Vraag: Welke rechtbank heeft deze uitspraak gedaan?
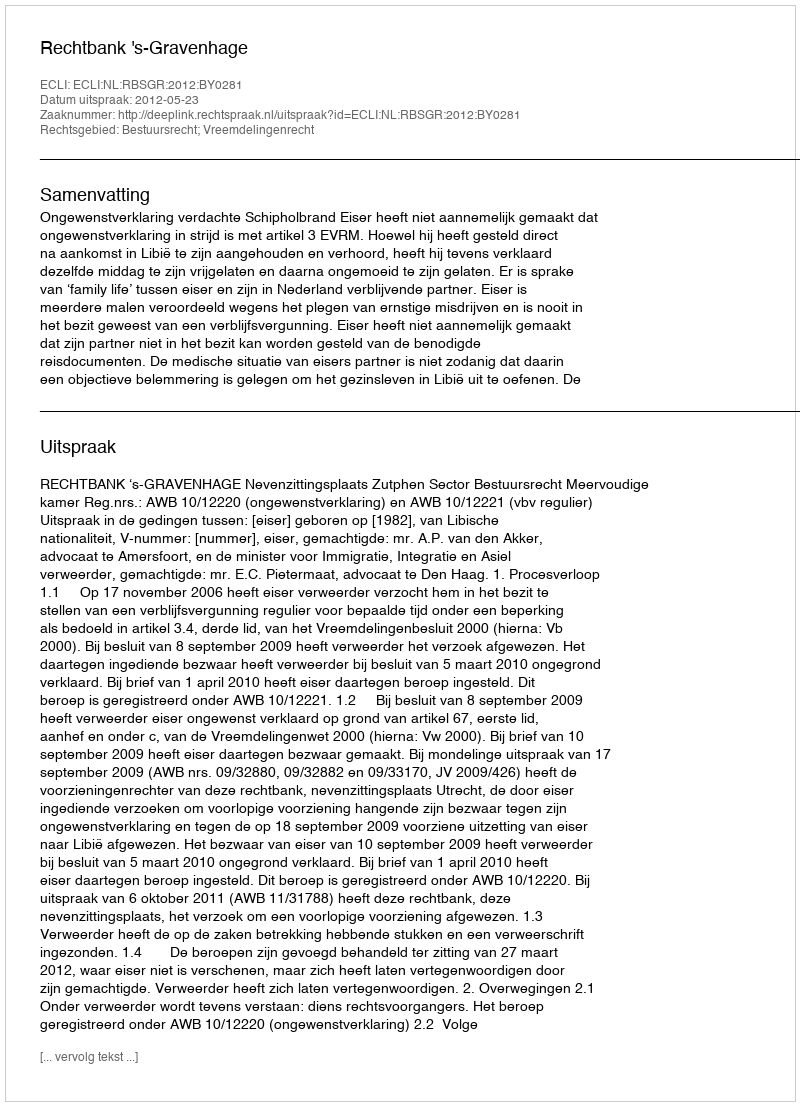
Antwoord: Rechtbank 's-Gravenhage